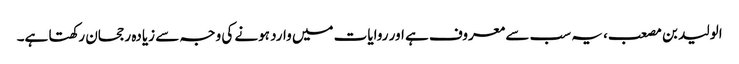
الولید بن مصعب، یہ سب سے معروف ہے اور روایات میں وارد ہونے کی وجہ سے زیادہ رجحان رکھتا ہے۔